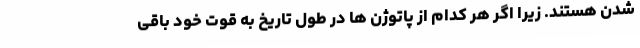
شدن هستند. زیرا اگر هر کدام از پاتوژن ها در طول تاریخ به قوت خود باقی